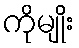
ကိုမျိုး